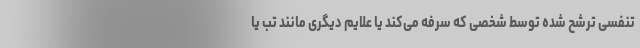
تنفسی ترشح شده توسط شخصی که سرفه می‌کند یا علایم دیگری مانند تب یا